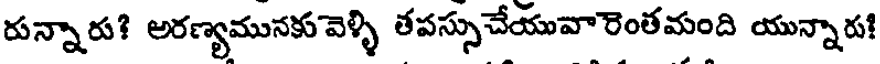
రున్నారు? అరణ్యమునకు వెళ్ళి తపస్సుచేయువారెంతమంది యున్నారు!